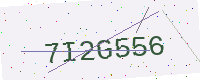
Text: 7I2G556